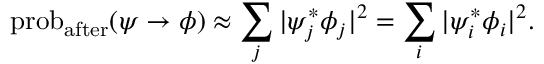
\operatorname { p r o b } _ { \mathrm { a f t e r } } ( \psi \to \phi ) \approx \sum _ { j } | \psi _ { j } ^ { * } \phi _ { j } | ^ { 2 } = \sum _ { i } | \psi _ { i } ^ { * } \phi _ { i } | ^ { 2 } .